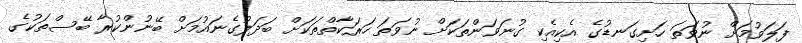
ފަލަވުމަށް ނުވަތަ ހަށިގަނޑުގެ އެކިއެކި ގުނަވަންތަކަށް ނުވަތަ ހަރަކާތްތަކަށް ބަދަލުގެނައުމަށް ބޭނުންކުރާ ބޭސްތަކުގެ